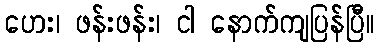
ဟေး၊ ဖန်းဖန်း၊ ငါ နောက်ကျပြန်ပြီ။